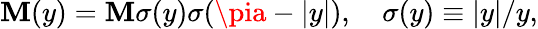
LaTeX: \mathbf{M}(y)=\mathbf{M}\sigma(y)\sigma(\pia-|y|),\quad\sigma(y)\equiv|y|/y,